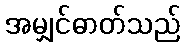
အမျှင်ဓာတ်သည်